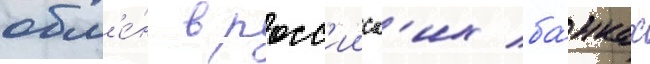
обм'е́н в росс'ииск'их ба́нках